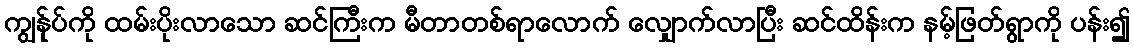
ကျွန်ုပ်ကို ထမ်းပိုးလာသော ဆင်ကြီးက မီတာတစ်ရာလောက် လျှောက်လာပြီး ဆင်ထိန်းက နမ့်ဖြတ်ရွာကို ပန်း၍